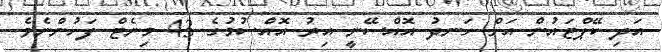
އަދި ކޭޕްޓައުން އަށް ހަނދު އޮއްސޭނީ އިރު އޮއްސުމުގެ 43 މިނެޓް ފަހުންނެވެ.